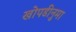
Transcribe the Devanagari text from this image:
खोपडीनुमा